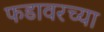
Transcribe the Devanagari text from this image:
फडावरच्या